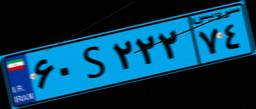
۰۷S۶۴۷۹۴